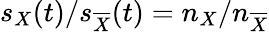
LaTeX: s_{X}(t)/s_{\overline{{X}}}(t)=n_{X}/n_{\overline{{X}}}